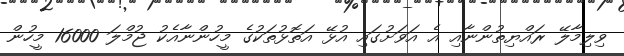
ވިލިމާލޭ ރައްޔިތުންނާއި އެ އަވަށުގައި އުޅޭ އަތޮޅުތަކުގެ މީހުންނާއެކު ޖުމްލަ 16000 މީހުން